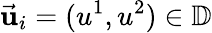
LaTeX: \vec{\mathbf u}_{i}=(u^{1},u^{2})\in\mathbb{D}